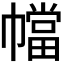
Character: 𫷑